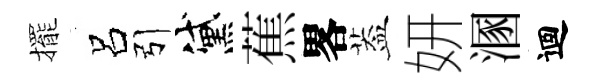
擺呂引黛蕉畧葢妍溷迴